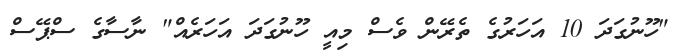
"ހޫނުގަދަ 10 އަހަރުގެ ތެރޭން ވެސް މިއީ ހޫނުގަދަ އަހަރެއް" ނާސާގެ ސްޕޭސް